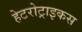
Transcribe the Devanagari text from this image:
हेटरोट्राइकस